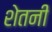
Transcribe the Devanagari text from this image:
शेतनी